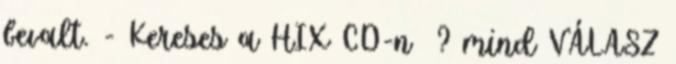
bevalt. - Kereses a HIX CD-n ? mind VÁLASZ